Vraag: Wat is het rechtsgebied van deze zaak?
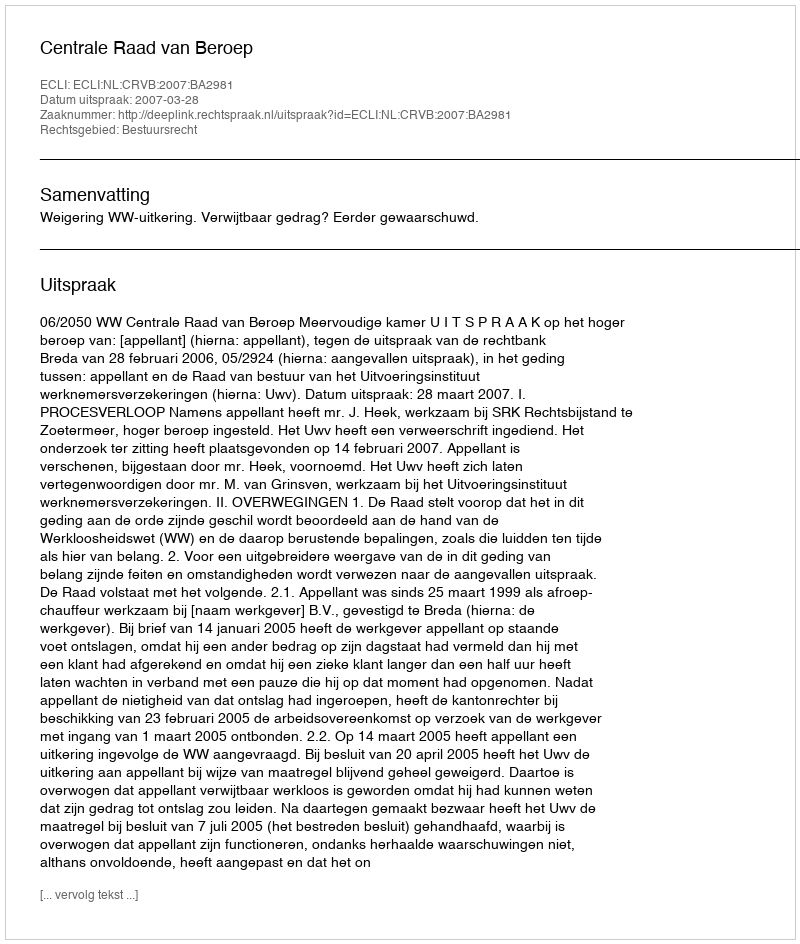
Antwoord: Bestuursrecht